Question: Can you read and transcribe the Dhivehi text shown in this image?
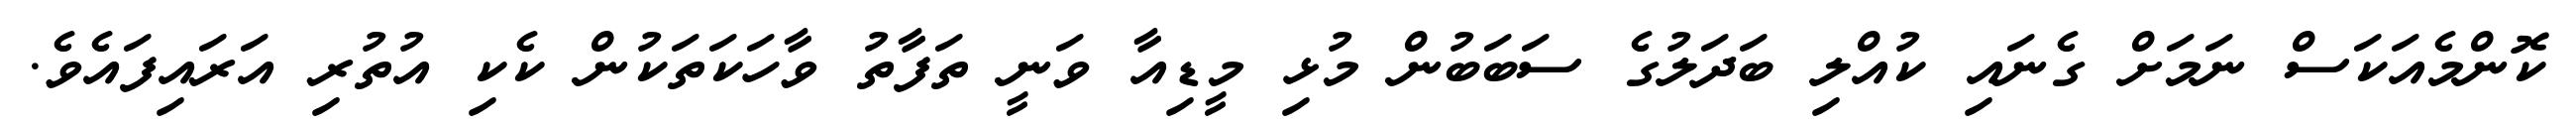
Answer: ކޮންމެއަކަސް ނަމަށް ގެނައި ކުއްލި ބަދަލުގެ ސަބަބުން މުޅި މީޑިއާ ވަނީ ތަފާތު ވާހަކަތަކުން ކެކި އުތުރި އަރައިފައެވެ.